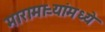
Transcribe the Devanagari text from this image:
मारामाऱ्यांमध्ये